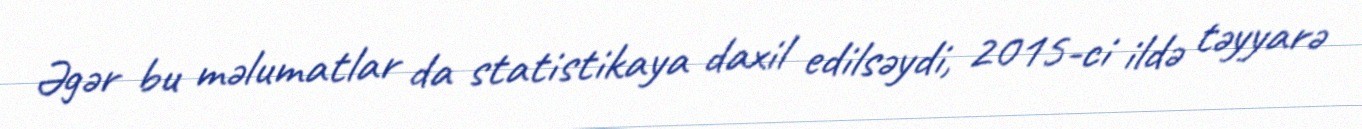
Əgər bu məlumatlar da statistikaya daxil edilsəydi, 2015-ci ildə təyyarə